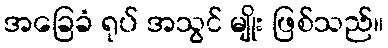
အခြေခံ ရုပ် အသွင် မျိုး ဖြစ်သည်။